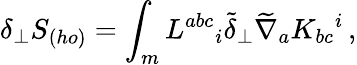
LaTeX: \delta_{\perp}S_{(ho)}=\int_{m}L^{abc}{}_{i}\tilde{\delta}_{\perp}\widetilde\nabla_{a}K_{bc}{}^{i}\, ,